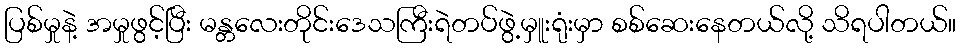
ပြစ်မှုနဲ့ အမှုဖွင့်ပြီး မန္တလေးတိုင်းဒေသကြီးရဲတပ်ဖွဲ့မှူးရုံးမှာ စစ်ဆေးနေတယ်လို့ သိရပါတယ်။